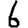
Digit: 6